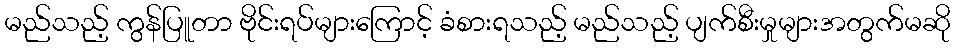
မည်သည့် ကွန်ပြူတာ ဗိုင်းရပ်များကြောင့် ခံစားရသည့် မည်သည့် ပျက်စီးမှုများအတွက်မဆို